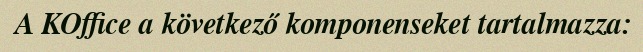
A KOffice a következő komponenseket tartalmazza: